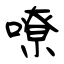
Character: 嘹